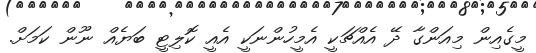
މީގެއިން މިއަންގާ ދޭ އެއްޗަކީ އެމީހުންނަކީ އެއީ ކޮލިޓީ ބަޔެއް ނޫން ކަމަށް.